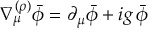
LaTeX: \nabla _ { \mu } ^ { ( \rho ) } \bar { \phi } = \partial _ { \mu } \bar { \phi } + i g \, \bar { \phi }